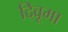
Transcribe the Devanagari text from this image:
दिवूमा